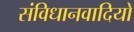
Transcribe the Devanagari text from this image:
संविधानवादियों